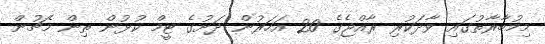
މިމުބާރާތުގައި ވާދަކުރި ރާއްޖެގެ 20 އަހަރުން ދަށުގެ ޓީމް ކުޅުން ތިން މެޗުން